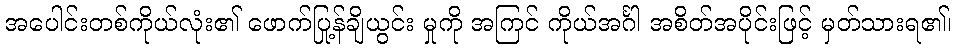
အပေါင်းတစ်ကိုယ်လုံး၏ ဖောက်ပြန်ချို့ယွင်း မှုကို အကြင် ကိုယ်အင်္ဂါ အစိတ်အပိုင်းဖြင့် မှတ်သားရ၏၊